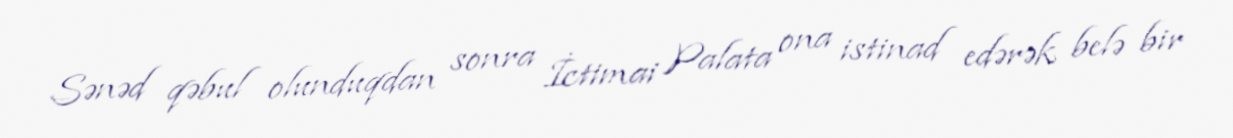
Sənəd qəbul olunduqdan sonra İctimai Palata ona istinad edərək belə bir